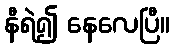
နီရဲ၍ နေလေပြီ။